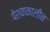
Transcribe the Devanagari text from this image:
पेशवाकालीन